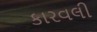
કારવલી